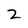
Character: 2